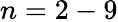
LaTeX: n=2-9